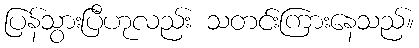
ပြန်သွားပြီဟုလည်း သတင်းကြားနေသည်။